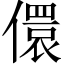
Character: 儇